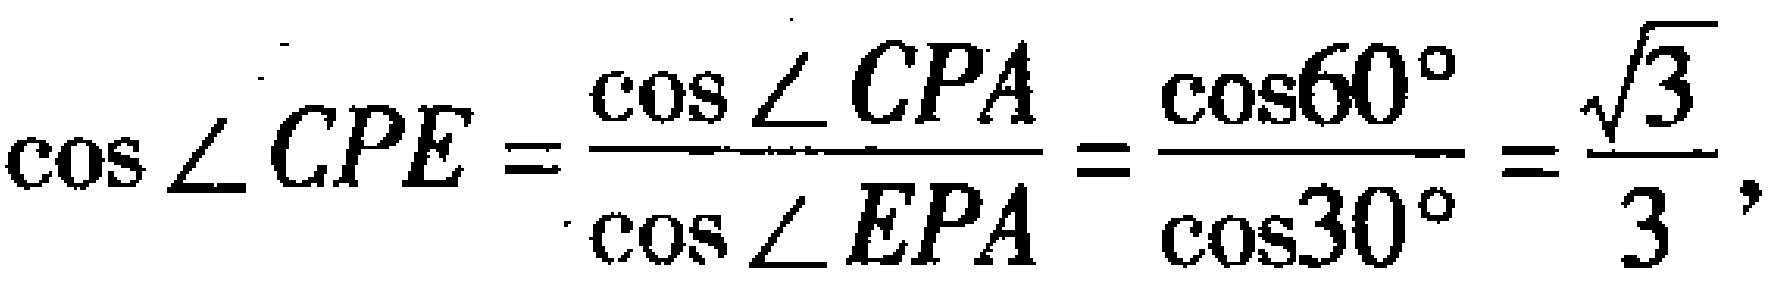
\(\cos\angle CPE=\frac{\cos\angle CPA}{\cos\angle EPA}=\frac{\cos60^{\circ}}{\cos30^{\circ}}=\frac{\sqrt{3}}{3},\)